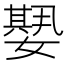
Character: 𡢁